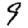
Digit: 9